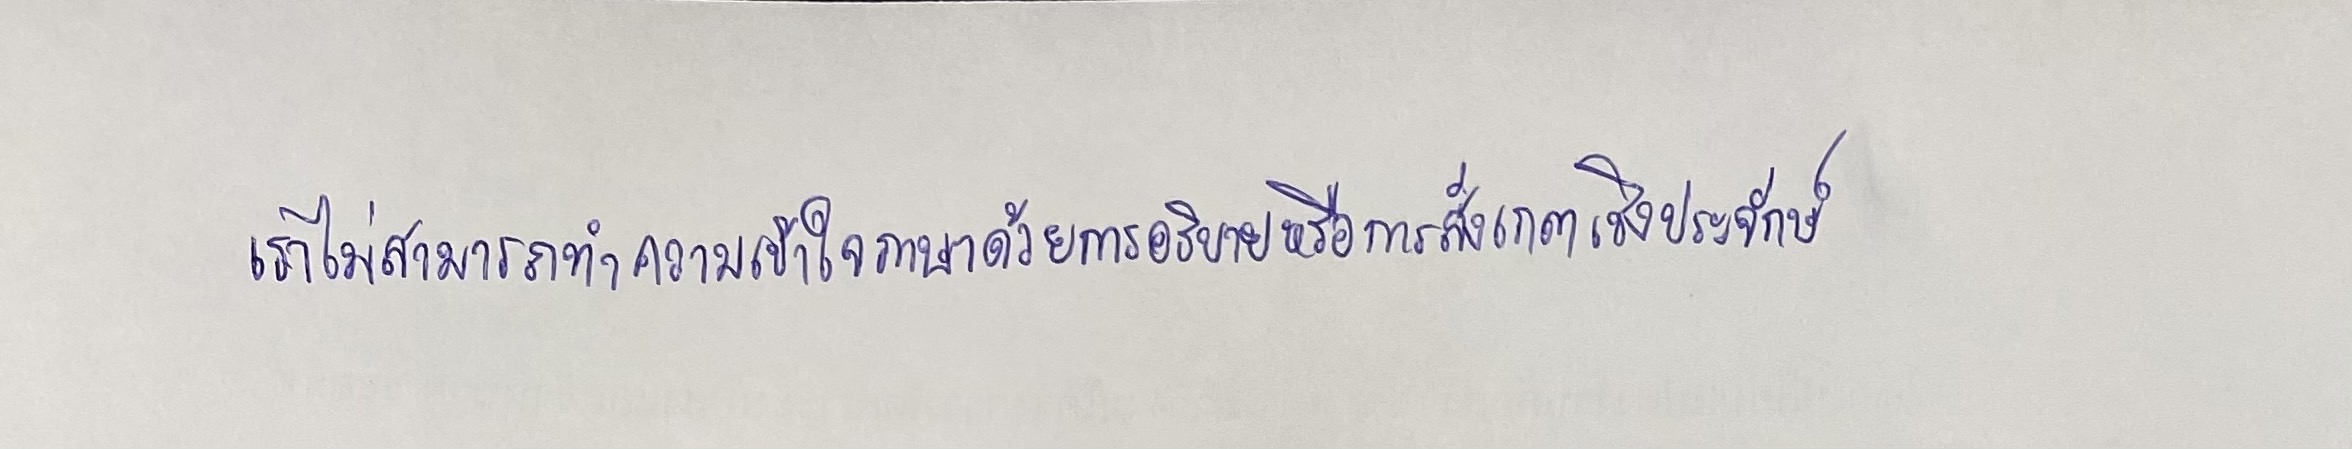
เราไม่สามารถทำความเข้าใจภาษาด้วยการอธิบายหรือการสังเกตเชิงประจักษ์